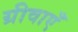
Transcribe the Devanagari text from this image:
ग्रीवाएँ